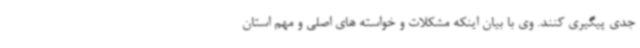
جدی پیگیری کنند. وی با بیان اینکه مشکلات و خواسته های اصلی و مهم استان